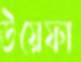
উয়েফা